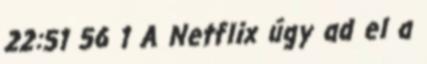
22:51 56 1 A Netflix úgy ad el a